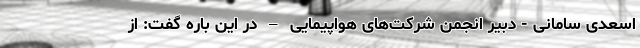
اسعدی سامانی - دبیر انجمن شرکت‌های هواپیمایی – در این باره گفت: از